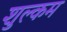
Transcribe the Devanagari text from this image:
शुल्कम